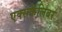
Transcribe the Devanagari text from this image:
एक्सकैलिबर